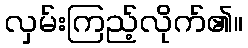
လှမ်းကြည့်လိုက်၏။